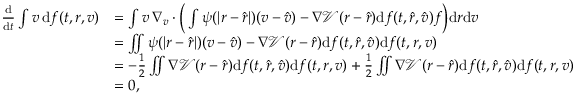
\begin{array} { r l } { \frac { \mathrm d } { \mathrm d t } \int v \, \mathrm d f ( t , r , v ) } & { = \int v \, \nabla _ { v } \cdot \Big ( \int \psi ( | r - \hat { r } | ) ( v - \hat { v } ) - \nabla \mathcal V ( r - \hat { r } ) \mathrm d f ( t , \hat { r } , \hat { v } ) f \Big ) \mathrm d r \mathrm d v } \\ & { = \iint \psi ( | r - \hat { r } | ) ( v - \hat { v } ) - \nabla \mathcal V ( r - \hat { r } ) \mathrm d f ( t , \hat { r } , \hat { v } ) \mathrm d f ( t , r , v ) } \\ & { = - \frac { 1 } { 2 } \iint \nabla \mathcal V ( r - \hat { r } ) \mathrm d f ( t , \hat { r } , \hat { v } ) \mathrm d f ( t , r , v ) + \frac { 1 } { 2 } \iint \nabla \mathcal V ( r - \hat { r } ) \mathrm d f ( t , \hat { r } , \hat { v } ) \mathrm d f ( t , r , v ) } \\ & { = 0 , } \end{array}